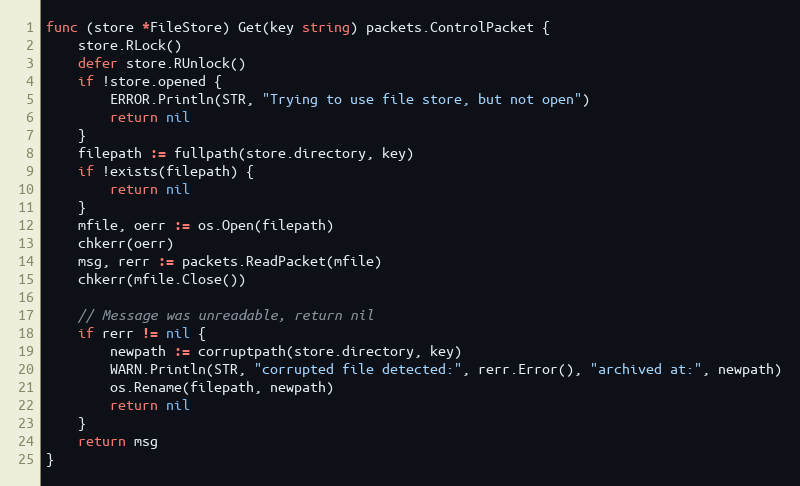
Language: Go
func (store *FileStore) Get(key string) packets.ControlPacket {
	store.RLock()
	defer store.RUnlock()
	if !store.opened {
		ERROR.Println(STR, "Trying to use file store, but not open")
		return nil
	}
	filepath := fullpath(store.directory, key)
	if !exists(filepath) {
		return nil
	}
	mfile, oerr := os.Open(filepath)
	chkerr(oerr)
	msg, rerr := packets.ReadPacket(mfile)
	chkerr(mfile.Close())

	// Message was unreadable, return nil
	if rerr != nil {
		newpath := corruptpath(store.directory, key)
		WARN.Println(STR, "corrupted file detected:", rerr.Error(), "archived at:", newpath)
		os.Rename(filepath, newpath)
		return nil
	}
	return msg
}